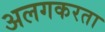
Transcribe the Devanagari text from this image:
अलगकरता